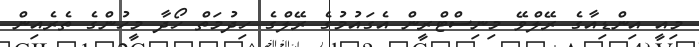
މިއީ އިންޑިއާގެ ރޭލްވޭ މިނިސްޓްރީން އެގައުމުގެ ރޭލްގެ ހިދުމަތް ހޯދާ މީހުންގެ ތެރެއިން